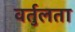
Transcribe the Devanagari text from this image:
वर्तुलता